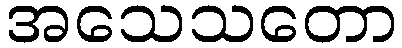
အသေသတော